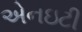
એનઇટી